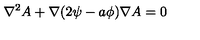
\nabla ^ { 2 } A + \nabla ( 2 \psi - a \phi ) \nabla A = 0